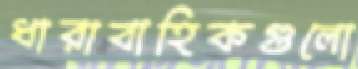
ধারাবাহিকগুলো